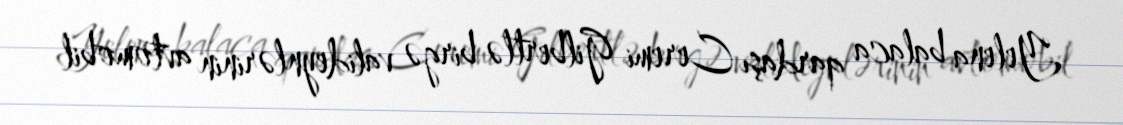
Yelena balaca qardaşı Ceremi Gilbertlə birgə valideynlərinin avtomobil